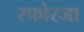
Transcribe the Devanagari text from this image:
स्फोरजा